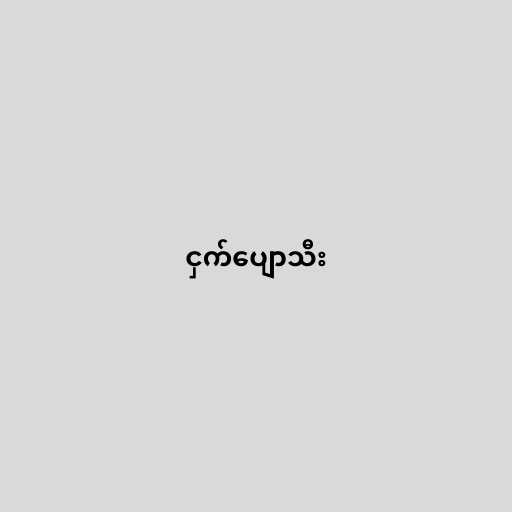
ငှက်ပျောသီး